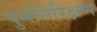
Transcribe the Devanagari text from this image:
पुनर्निरिक्षण